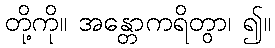
တို့ကို။ အန္တောကရိတွာ၊ ၍။